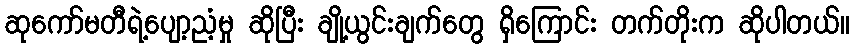
ဆုကော်မတီရဲ့ပျော့ညံ့မှု ဆိုပြီး ချို့ယွင်းချက်တွေ ရှိကြောင်း တက်တိုးက ဆိုပါတယ်။